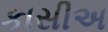
કાસીઅ